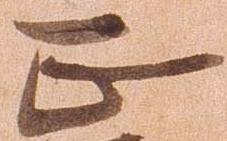
正